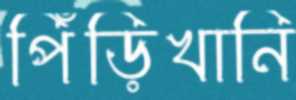
পিঁড়িখানি